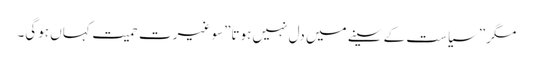
مگر”سیاست کے سینے میں دل نہیں ہوتا”سو غیرت حمیت کہاں ہوگی۔